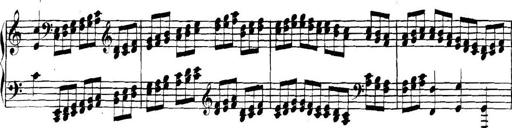
Title: Collected Piano Sonatas
Composer: Muzio Clementi